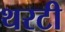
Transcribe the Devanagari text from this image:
थरटी